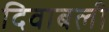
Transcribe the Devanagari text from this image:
दिवाबली